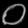
Digit: ၀